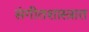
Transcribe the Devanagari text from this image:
संगीतशास्त्रात